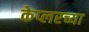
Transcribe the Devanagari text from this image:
केप्लरच्या